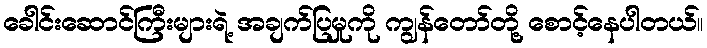
ခေါင်းဆောင်ကြီးများရဲ့ အချက်ပြမှုကို ကျွန်တော်တို့ စောင့်နေပါတယ်။